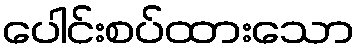
ပေါင်းစပ်ထားသော